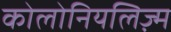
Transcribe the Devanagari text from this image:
कोलोनियलिज़्म